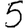
Digit: 5